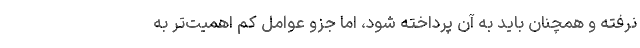
نرفته و همچنان باید به آن پرداخته شود، اما جزو عوامل کم اهمیت‌تر به